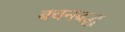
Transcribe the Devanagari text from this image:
बचनबद्ध